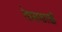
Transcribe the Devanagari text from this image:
रेशमासारखी